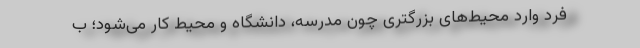
فرد وارد محیط‌های بزرگتری چون مدرسه، دانشگاه و محیط کار می‌شود؛ ب